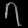
Digit: ၇